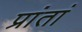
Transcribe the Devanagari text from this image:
प्रांतां